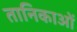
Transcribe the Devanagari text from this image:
तानिकाओं